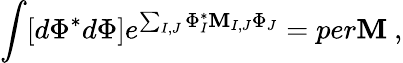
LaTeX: \int[d\Phi^{*}d\Phi]e^{\sum_{I,J}\Phi_{I}^{*}\mathbf{M}_{I,J}\Phi_{J}}=per\mathbf{M}\ ,